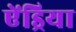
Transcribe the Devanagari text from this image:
ऐंड्रिया